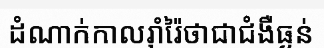
ដំណាក់កាលរ៉ាំរ៉ៃថាជាជំងឺធ្ងន់